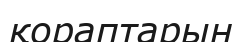
қораптарын